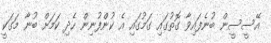
އޭސީސީން ބުނެފައިވާ ގޮތުގައި ގަމުގައި އެ ކުންފުނިން ހެދި ކަމަށް ބުނާ މަގަކީ